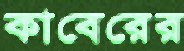
কাবেরের